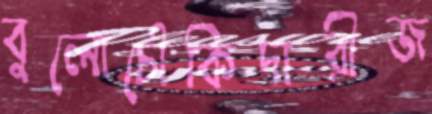
বুলোচৌকিদারীজ